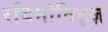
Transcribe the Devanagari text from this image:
रबिनोविट्ज़